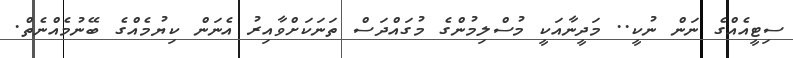
ސިޓީއެއްގެ ނަން ނުކީ.. މަދީނާއަކީ މުސްލިމުންގެ މުގައްދަސް ތަނަކަށްވާއިރު އެނަން ކިޔުމެއްގެ ބޭނުމެއްނެތް.